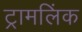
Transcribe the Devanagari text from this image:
ट्रामलिंक